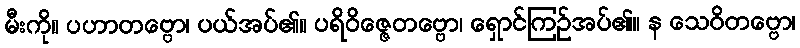
မီးကို။ ပဟာတဗ္ဗော၊ ပယ်အပ်၏။ ပရိဝိဇ္ဇေတဗ္ဗော၊ ရှောင်ကြဉ်အပ်၏။ န သေဝိတဗ္ဗော၊